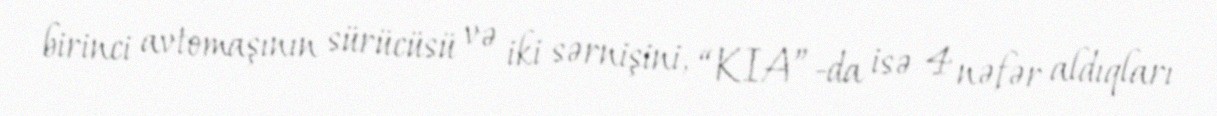
birinci avtomaşının sürücüsü və iki sərnişini, “KIA”-da isə 4 nəfər aldıqları